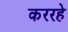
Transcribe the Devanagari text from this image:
कररहे